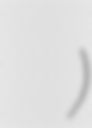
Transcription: Мари́я Вале́рьевна Аро́нова)